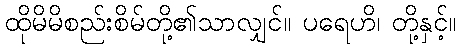
ထိုမိမိစည်းစိမ်တို့၏သာလျှင်။ ပရေဟိ၊ တို့နှင့်။